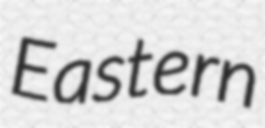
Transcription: Eastern